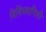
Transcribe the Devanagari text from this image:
विविधरुपिणी